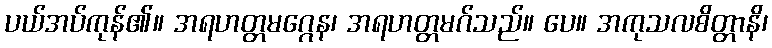
ပယ်အပ်ကုန်၏။ အရဟတ္တမဂ္ဂေန၊ အရဟတ္တမဂ်သည်။ ပေ။ အကုသလစိတ္တာနိ၊